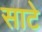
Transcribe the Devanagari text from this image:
साटे